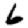
Digit: 6